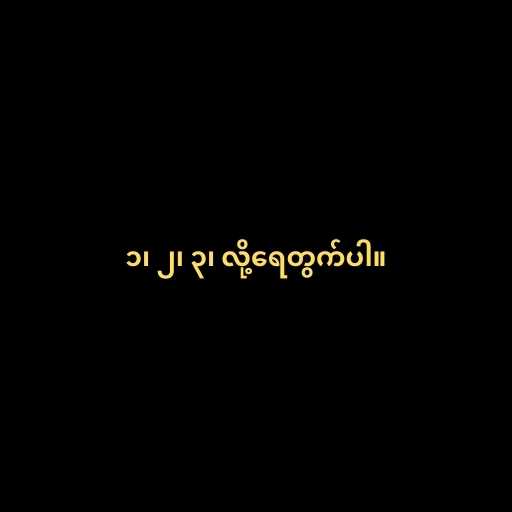
၁၊ ၂၊ ၃၊ လို့ရေတွက်ပါ။